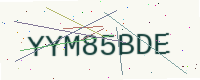
Text: YYM85BDE